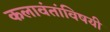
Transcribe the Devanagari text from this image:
कलावंतांविषयी